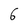
Character: 6